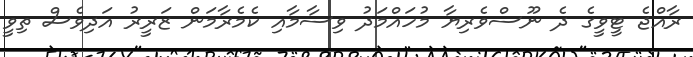
ރާއްޖެ ޓީވީގެ ދެ ނޫސްވެރިޔާ މުހައްމަދު ވިސާމާއި ކެމެރާމަން ޒަރީރު އަދިވެސް ތިވީ